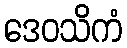
ဒေဝသိကံ